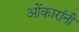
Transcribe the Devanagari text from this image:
ओंकारांनी